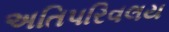
અતિપરિવલય